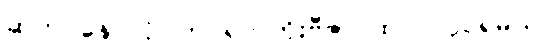
ဆက် နေ လိုပါက ရက်တိုးဗီဇာ ထပ် လုပ်ရမယ်။